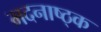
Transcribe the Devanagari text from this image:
मदनाष्ठ्क